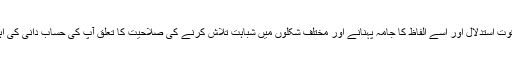
یعنی آپ کی قوت استدلال اور اسے الفاظ کا جامہ پہنانے اور مختلف شکلوں میں شباہت تلاش کرنے کی صلاحیت کا تعلق آپ کی حساب دانی کی اہلیت سے ہے۔